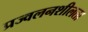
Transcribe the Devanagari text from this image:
प्रज्वलनशीलता